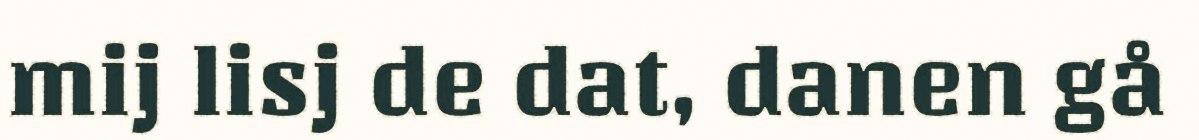
mij lisj de dat, danen gå